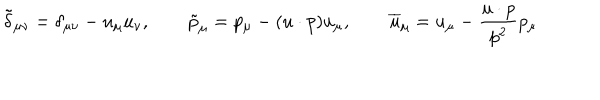
LaTeX: \tilde { \delta } _ { \mu \nu } = \delta _ { \mu \nu } - u _ { \mu } u _ { \nu } , \qquad \tilde { p } _ { \mu } = p _ { \mu } - ( u \cdot p ) u _ { \mu } , \qquad \overline { { { u } } } _ { \mu } = u _ { \mu } - \frac { u \cdot p } { p ^ { 2 } } p _ { \mu }